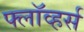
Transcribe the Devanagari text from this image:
फ्लॉव्हर्स